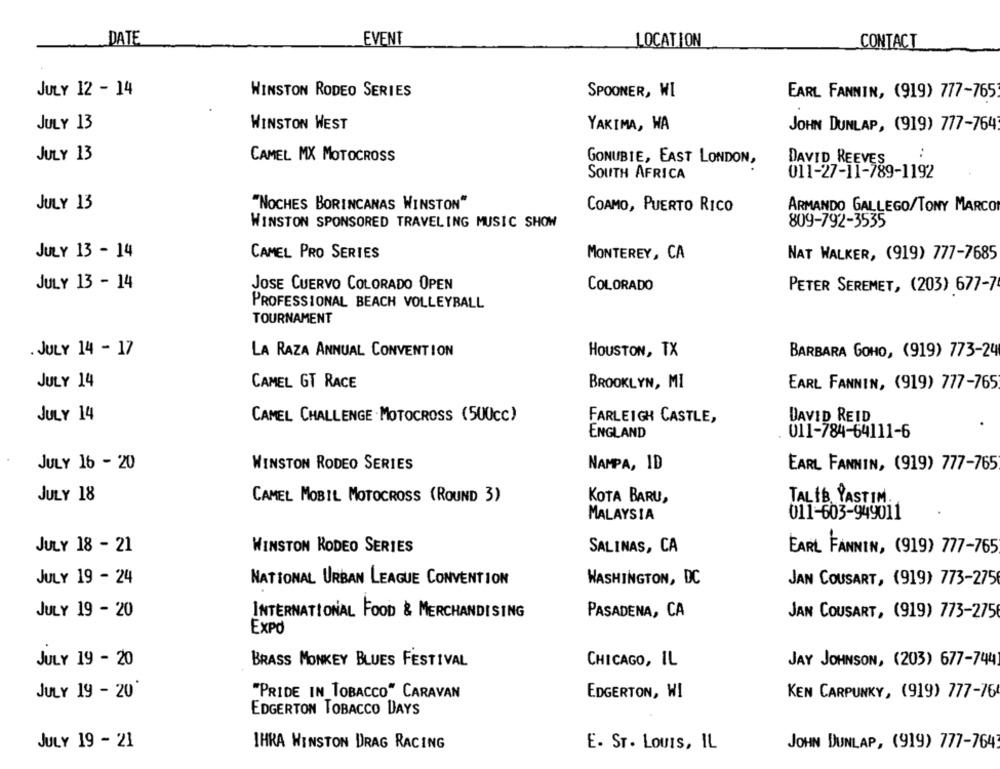
DATE
EVENT
LOCATION
CONTACT
JULY 12 - 14
WINSTON RODEO SERIES
SPOONER, WI
EARL FANNIN, (919) 777-765
JULY 13
WINSTON WEST
YAKIMA, WA
JOHN DUNLAP, (919) 777-764
..
JULY 13
CAMEL MX MOTOCROSS
GONUBIE, EAST LONDON,
DAVID REEVES
SOUTH AFRICA
011-27-11-789-1192
JULY 13
"NOCHES BORINCANAS WINSTON"
COAMO, PUERTO RICO
ARMANDO GALLEGO/TONY MARCO
WINSTON SPONSORED TRAVELING MUSIC SHOW
809-792-3535
JULY 13 - 14
CAMEL PRO SERIES
MONTEREY, CA
NAT WALKER, (919) 777-7685
JULY 13 - 14
JOSE CUERVO COLORADO OPEN
COLORADO
PETER SEREMET, (203) 677-7
PROFESSIONAL BEACH VOLLEYBALL
TOURNAMENT
. JULY 14 - 17
LA RAZA ANNUAL CONVENTION
HOUSTON, TX
BARBARA GOHO, (919) 773-24
JULY 14
CAMEL GT RACE
BROOKLYN, MI
EARL FANNIN, (919) 777-765
JULY 14
CAMEL CHALLENGE MOTOCROSS (500cc)
FARLEIGH CASTLE,
DAVID REID
ENGLAND
011-784-64111-6
JULY 16 - 20
WINSTON RODEO SERIES
NAMPA, ID
EARL FANNIN, (919) 777-765
JULY 18
CAMEL MOBIL MOTOCROSS (ROUND 3)
KOTA BARU,
TALIB PASTIM.
MALAYSIA
011-603-949011
JULY 18 - 21
WINSTON RODEO SERIES
SALINAS, CA
EARL FANNIN, (919) 777-765
JULY 19 - 24
NATIONAL URBAN LEAGUE CONVENTION
WASHINGTON, DC
JAN COUSART, (919) 773-275
JULY 19 - 20
INTERNATIONAL FOOD & MERCHANDISING
PASADENA, CA
JAN COUSART, (919) 773-275
EXPO
JULY 19 - 20
BRASS MONKEY BLUES FESTIVAL
CHICAGO, IL
JAY JOHNSON, (203) 677-7441
JULY 19 - 20
"PRIDE IN_TOBACCO" CARAVAN
EDGERTON, WI
KEN CARPUNKY, (919) 777-764
EDGERTON TOBACCO DAYS
JULY 19 - 21
IHRA WINSTON DRAG RACING
E. ST. LOUIS, IL
JOHN DUNLAP, (919) 777-7643